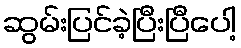
ဆွမ်းပြင်ခဲ့ပြီးပြီပေါ့